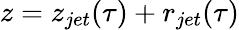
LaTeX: z=z_{jet}(\tau)+r_{jet}(\tau)